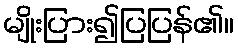
မျိုးပြား၍ပြပြန်၏။